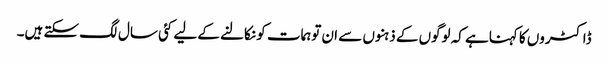
ڈاکٹروں کا کہناہے کہ لوگوں کے ذہنوں سے ان توہمات کو نکالنے کے لیے کئی سال لگ سکتے ہیں۔